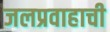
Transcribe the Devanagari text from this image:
जलप्रवाहाची